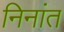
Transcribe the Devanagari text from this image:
निनांत